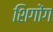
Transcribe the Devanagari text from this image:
शिगोंग